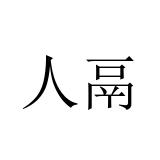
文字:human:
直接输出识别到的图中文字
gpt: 人鬲